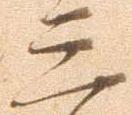
三